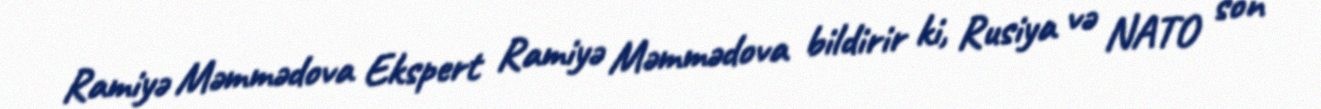
Ramiyə Məmmədova Ekspert Ramiyə Məmmədova bildirir ki, Rusiya və NATO son